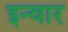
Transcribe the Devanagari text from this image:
इन्वार